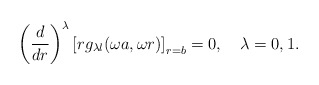
\begin{align*}\left( \frac{d}{dr}\right) ^\lambda \left[ rg_{\lambda l}(\omega a,\omega r)\right] _{r=b}=0,\quad \lambda =0,1.\end{align*}